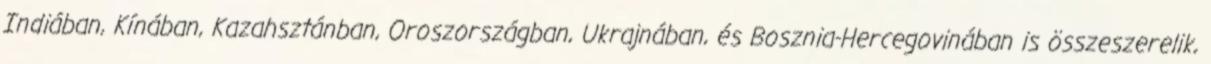
Indiában, Kínában, Kazahsztánban, Oroszországban, Ukrajnában, és Bosznia-Hercegovinában is összeszerelik,